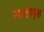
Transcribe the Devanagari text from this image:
लाक्षावृक्ष